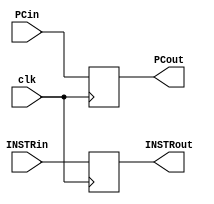
module IF_ID(clk,INSTRin,PCin,PCout,INSTRout);
input [31:0] INSTRin;
input [31:0] PCin;
input clk;
output reg [31:0] PCout,INSTRout;
always @(posedge clk) begin
PCout<=PCin;
INSTRout<=INSTRin;
end
endmodule